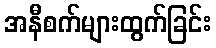
အနီစက်များထွက်ခြင်း